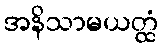
အနိသာမယတ္ထံ